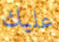
عليك